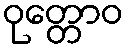
ဝုတ္တောဝ